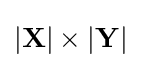
|\mathbf {X} |\times |\mathbf {Y} |